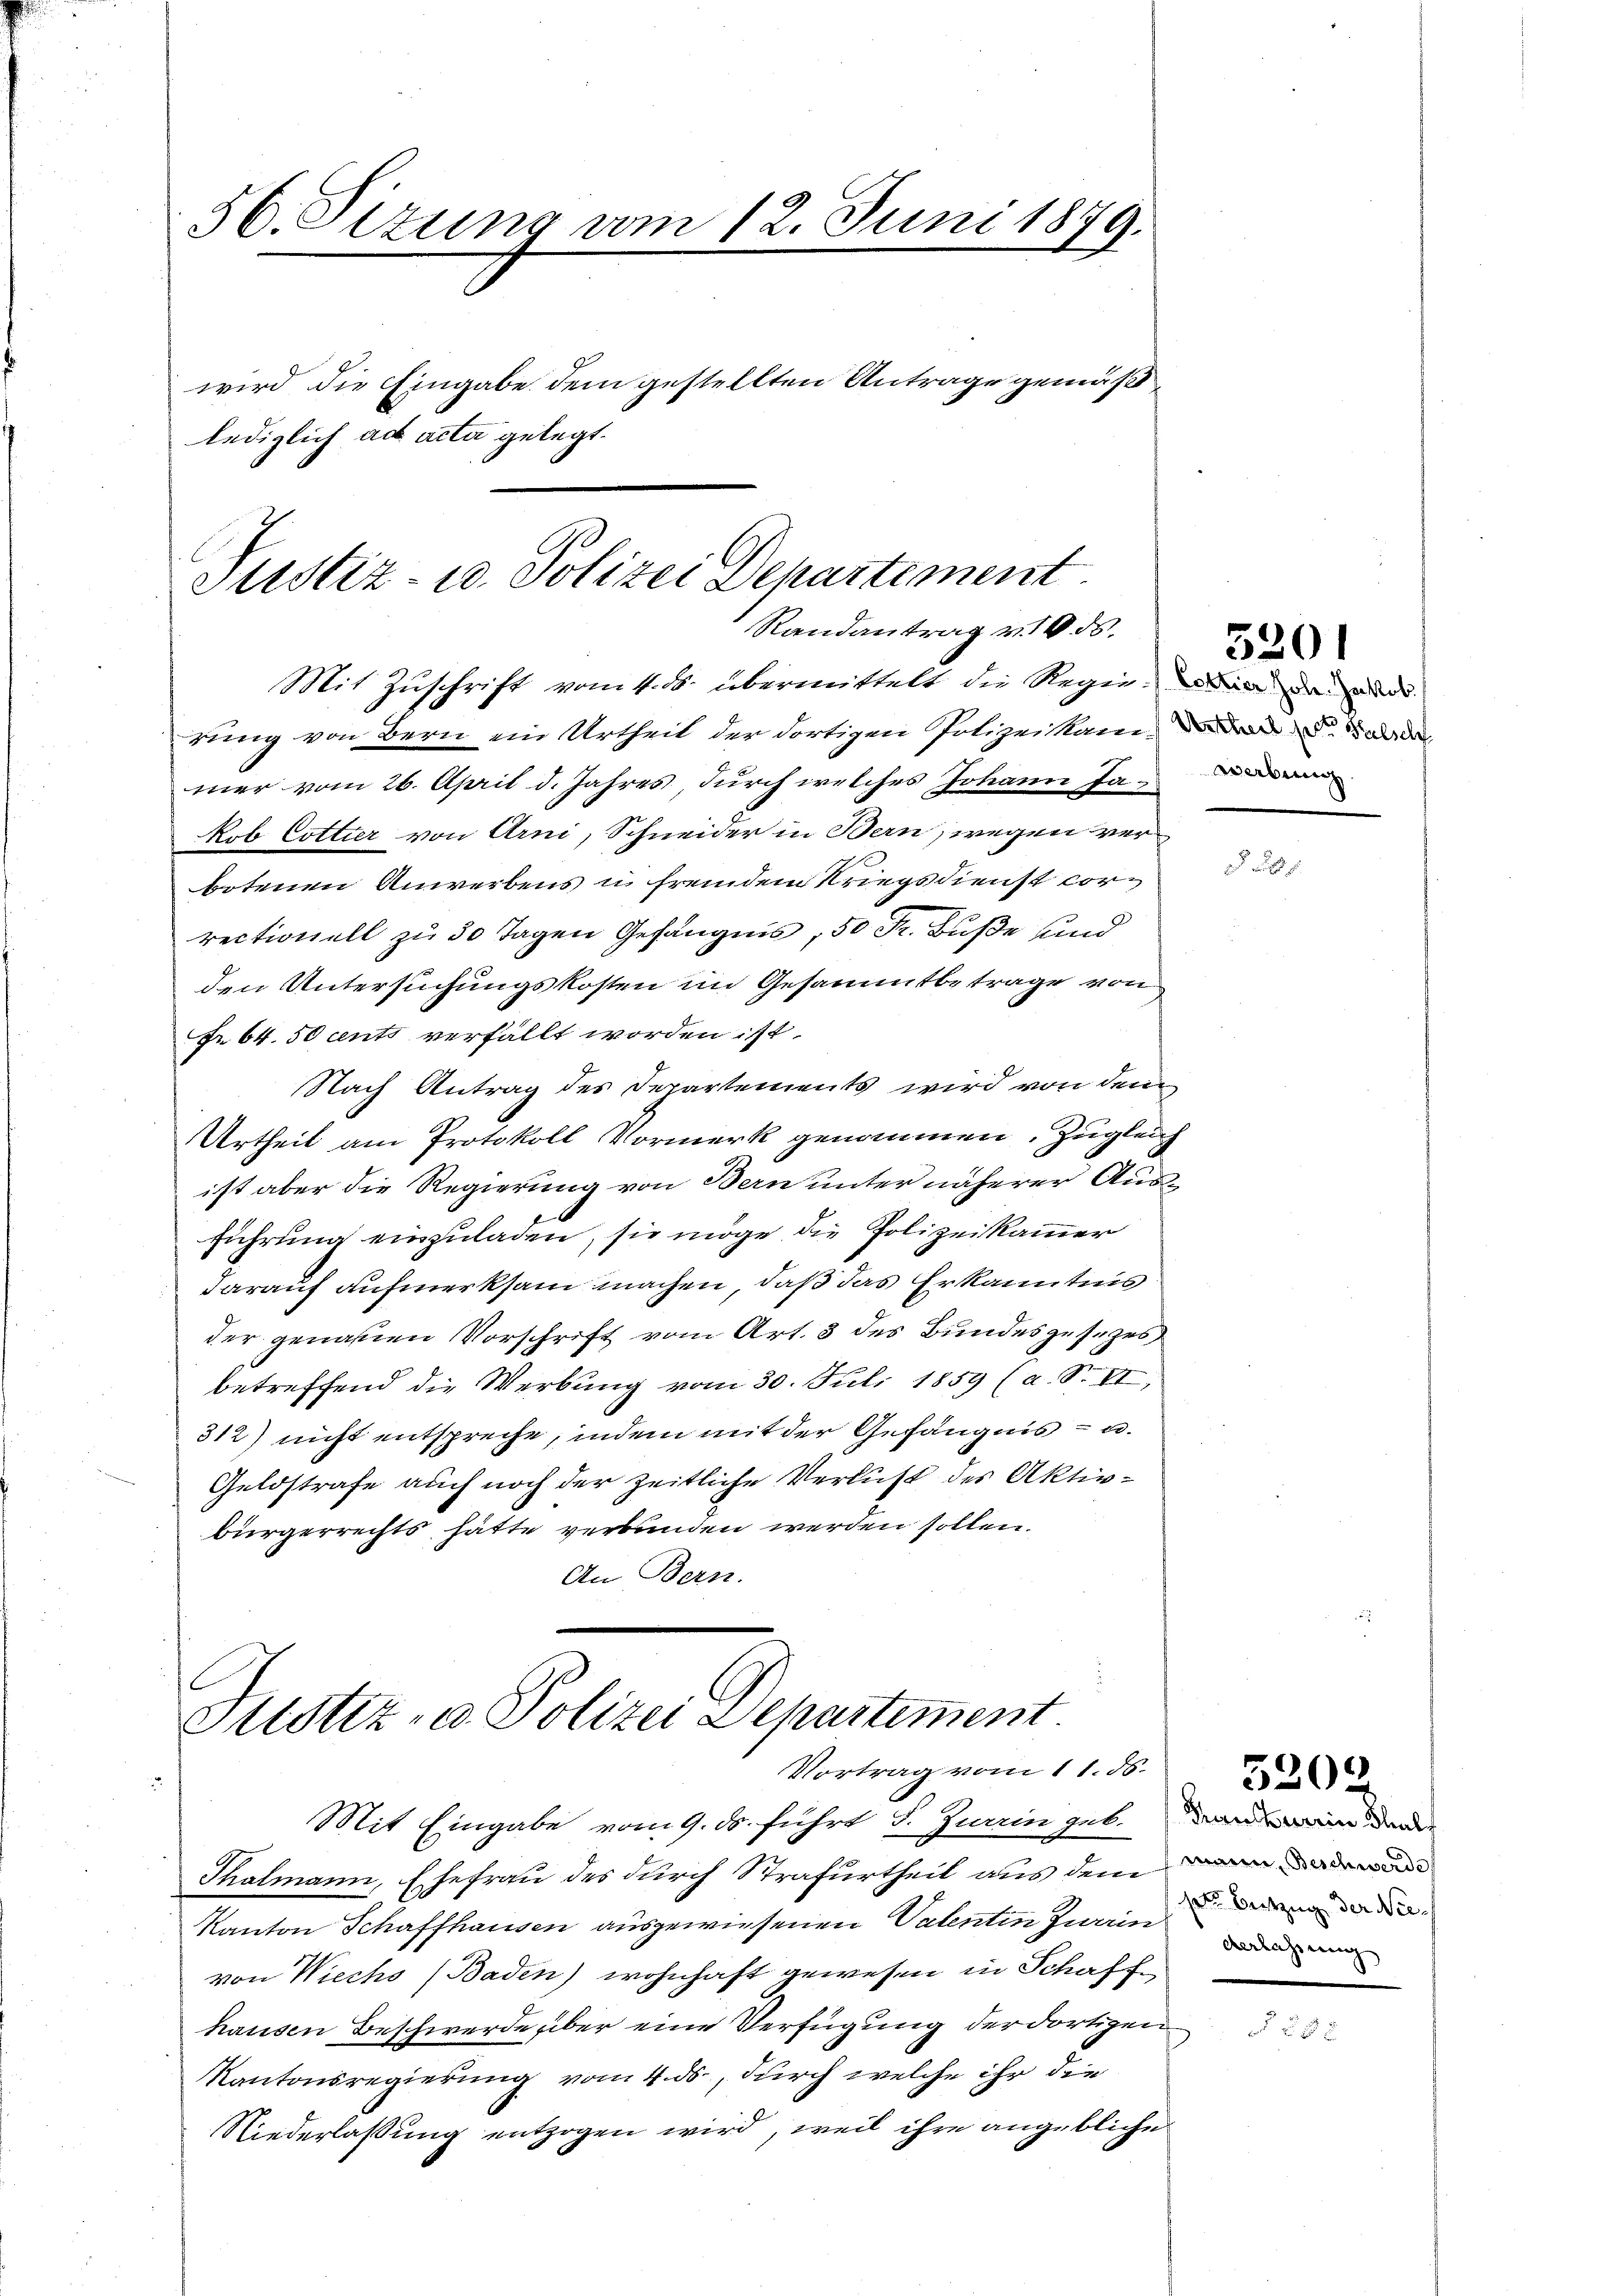
56. Sizung vom 12. Juni 1879.
wird die Eingabe dem gestellten Antrage gemäß
lediglich ad acta gelegt.

Justiz- u. Polizei Departement
Randantrag v. 16 ds.
Mit Zuschrift vom 11. ds. übermittelt die Regie- oder da und
rung von Bern ein Urtheil der dortigen Polizeikamerade

mer vom 26. April d. Jahres, durch welches Johann Ja-
kob Cottier von Arni, Schneider in Bern, wegen verbotenen Anwerbens u fremdem Kriegsdienst correctionell zu 30 Tagen Gefängnis, 50 Fr. Buße und
den Untersuchungskosten im Gesammtbetrage von
Fr. 64. 50 cents verfällt worden ist.
Nach Antrag des Departements wird von dem
Urtheil am Protokoll Vormerk genommen, Zugleich
ist aber die Regierung von Bern unter näherer Ausführung einzuladen, sie möge die Polizeikammer
darauf aufmerksam machen, daß das Erkanntnis
der genauen Vorschrift vom Art. 3 des Bundesgesezes
betreffend die Werbung vom 30. Juli 1859 (a. S. VI,
312) nicht entspreche, indem mit der Gefängnis - u.
Geldstrafe auch noch der zeitliche Verlust des Aktiv-
bürgerrechts hätte verbunden werden sollen.
An Bern.

Justiz- & Polizei Departement.
Vortrag vom 11. 56.

Mit Eingabe vom 9. ds. führt d. Zurin geb. Dann der
Thalmann, Ehefrau des durch Strafurtheil aus dem
Kanton Schaffhausen ausgewiesenen Valentin zwain
von Wiechs (Baden) wohnhaft gewesen in Schaffhausen Beschwerde über eine Verfügung der dortigen
Kantonsregierung vom 4. ds., durch welche ihr die
Niederlassung entzogen wird, weil ihre angebliche

5201

.

5202

ser Bezug der Niederlassung